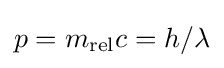
p=m_{\text{rel}}c=h/\lambda